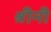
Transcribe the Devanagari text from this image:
श्रीनी